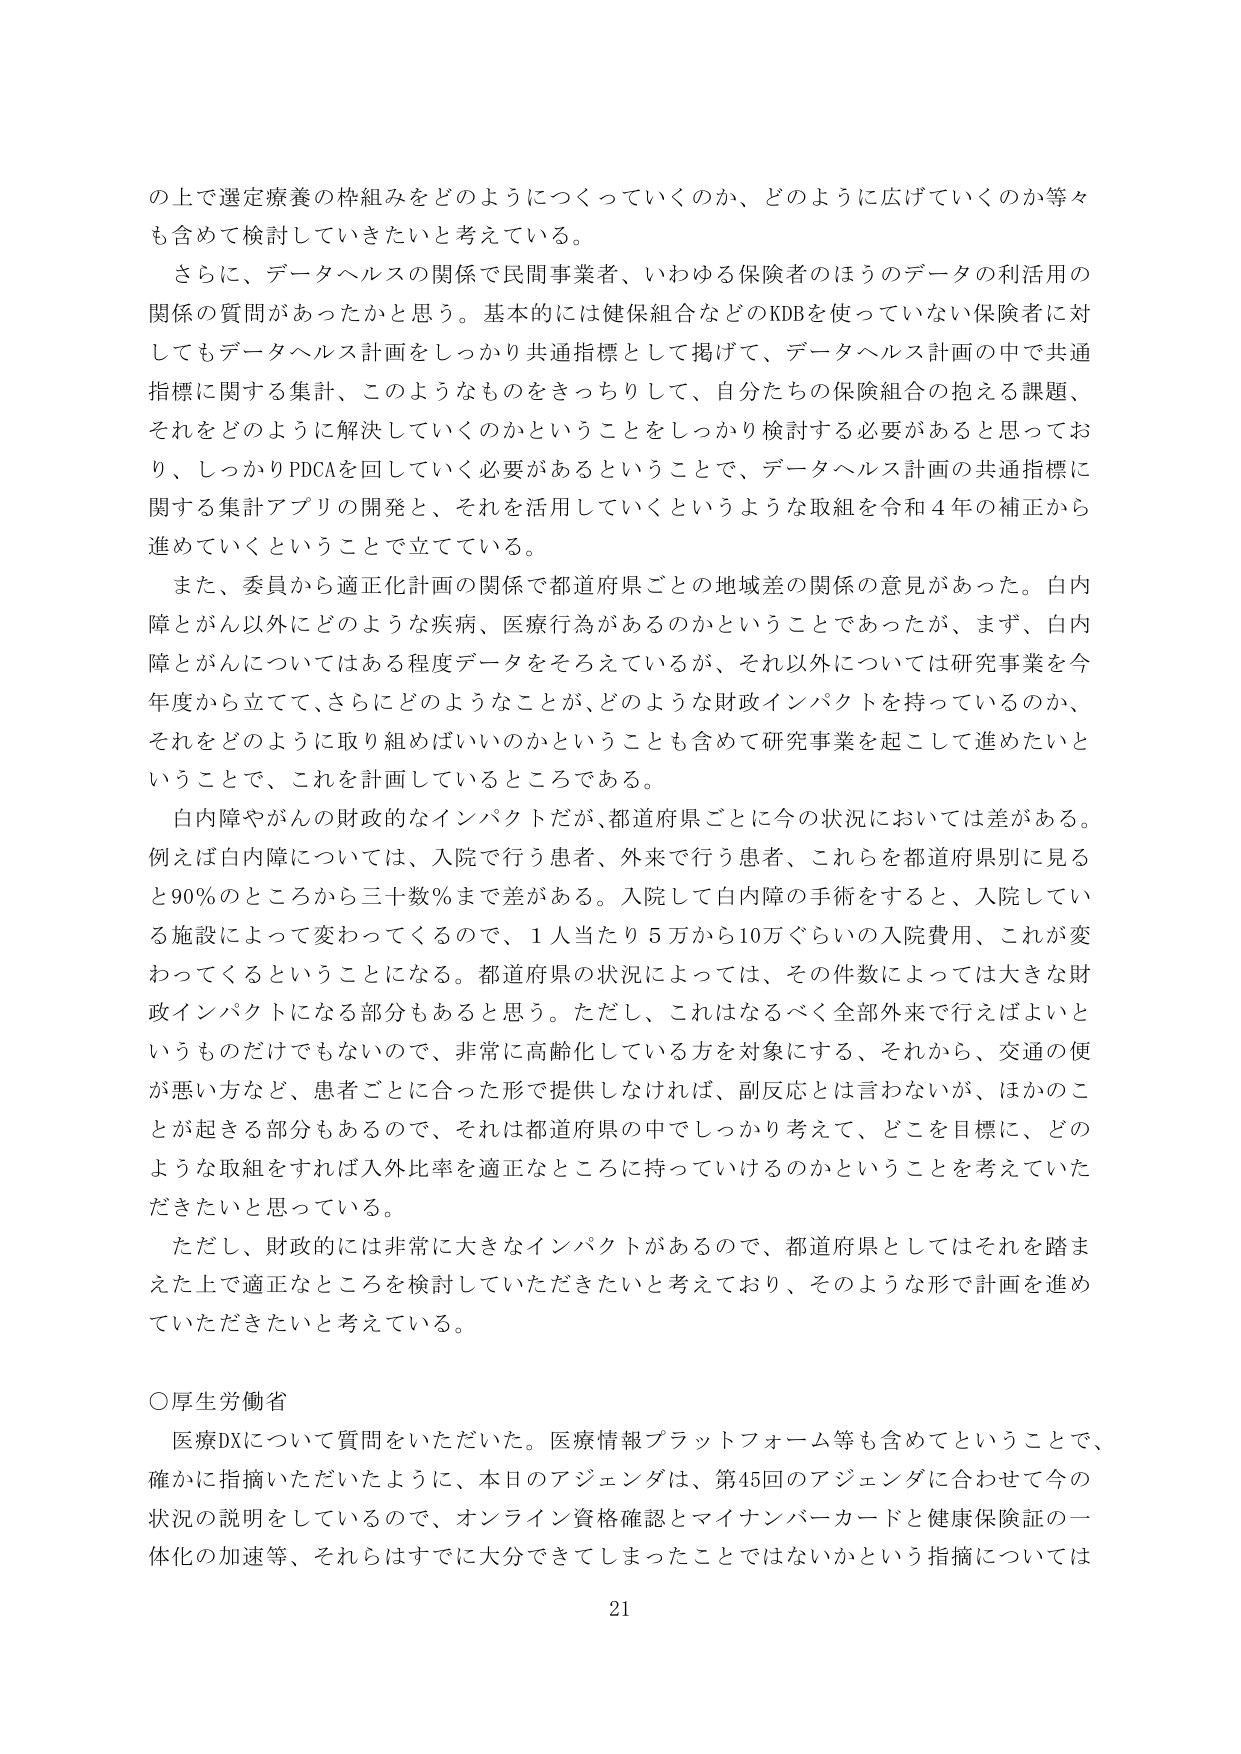
の上で選定療養の枠組みをどのようにつくっていくのか、どのように広げていくのか等々も含めて検討していきたいと考えている。

さらに、データヘルスの関係で民間事業者、いわゆる保険者のほうのデータの利活用の関係の質問があったかと思う。基本的には健保組合などのKDBを使っていない保険者に対してもデータヘルス計画をしっかり共通指標として掲げて、データヘルス計画の中で共通指標に関する集計、このようなものをきっちりして、自分たちの保険組合の抱える課題、それをどのように解決していくのかということをしっかり検討する必要があると思っており、しっかりPDCAを回していく必要があるということで、データヘルス計画の共通指標に関する集計アプリの開発と、それを活用していくというような取組を令和4年の補正から進めていくということで立てている。

また、委員から適正化計画の関係で都道府県ごとの地域差の関係の意見があった。白内障とがん以外にどのような疾病、医療行為があるのかということであったが、まず、白内障とがんについてはある程度データをそろえているが、それ以外については研究事業を今年度から立てて、さらにどのようなことが、どのような財政インパクトを持っているのか、それをどのように取り組めばいいのかということも含めて研究事業を起こして進めたいということで、これを計画しているところである。

白内障やがんの財政的なインパクトだが、都道府県ごとに今の状況においては差がある。例えば白内障については、入院で行う患者、外来で行う患者、これらを都道府県別に見ると90％のところから三十数％まで差がある。入院して白内障の手術をすると、入院している施設によって変わってくるので、1人当たり5万から10万ぐらいの入院費用、これが変わってくるということになる。都道府県の状況によっては、その件数によっては大きな財政インパクトになる部分もあると思う。ただし、これはなるべく全部外来で行えばよいというものだけでもないので、非常に高齢化している方を対象にする、それから、交通の便が悪い方など、患者ごとに合った形で提供しなければ、副反応とは言わないが、ほかのことが起きる部分もあるので、それは都道府県の中でしっかり考えて、どこを目標に、どのような取組をすれば入外比率を適正なところに持っていけるのかということを考えていきたいと思っている。

ただし、財政的には非常に大きなインパクトがあるので、都道府県としてはそれを踏まえた上で適正なところを検討していただきたいと考えており、そのような形で計画を進めていただきたいと考えている。

○厚生労働省

医療DXについて質問をいただいた。医療情報プラットフォーム等も含めてということで、確かに指摘いただいたように、本日のアジェンダは、第45回のアジェンダに合わせて今の状況の説明をしているので、オンライン資格確認とマイナンバーカードと健康保険証の一体化の加速等、それらはすでに大分できてしまったことではないかという指摘については

21